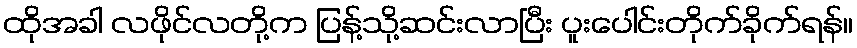
ထိုအခါ လဖိုင်လတို့က ပြန့်သို့ဆင်းလာပြီး ပူးပေါင်းတိုက်ခိုက်ရန်။